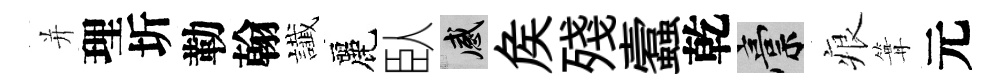
并理圻勒翰䜟麗臥感矦殘蠧乾稿痕篝元